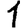
Digit: 1